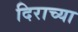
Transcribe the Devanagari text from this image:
दिराच्या